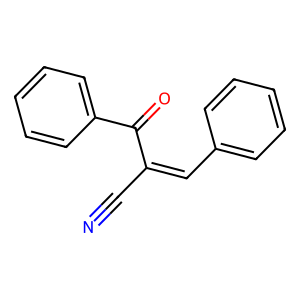
SMILES: N#CC(=Cc1ccccc1)C(=O)c1ccccc1
Inhibits HIV replication: No